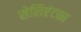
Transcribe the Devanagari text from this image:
सेलिएंटका